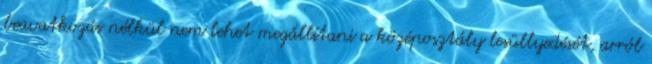
beavatkozás nélkül nem lehet megállítani a középosztály lesüllyedését, arról